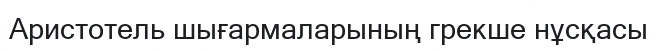
Аристотель шығармаларының грекше нұсқасы